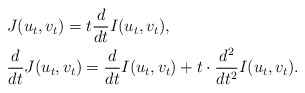
\begin{align*}&J(u_{t},v_{t})=t\frac{d}{dt}I(u_{t},v_{t}),\\&\frac{d}{dt}J(u_{t},v_{t})=\frac{d}{dt}I(u_{t},v_{t})+t\cdot\frac{d^{2}}{dt^{2}}I(u_{t},v_{t}).\end{align*}